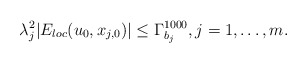
\begin{align*}\lambda_{j}^{2}|E_{loc}(u_{0},x_{j,0})|\leq \Gamma_{b_{j}}^{1000}, j=1, \dots, m.\end{align*}